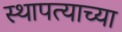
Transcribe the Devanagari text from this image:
स्थापत्याच्या